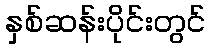
နှစ်ဆန်းပိုင်းတွင်